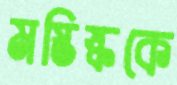
মস্তিষ্ককে